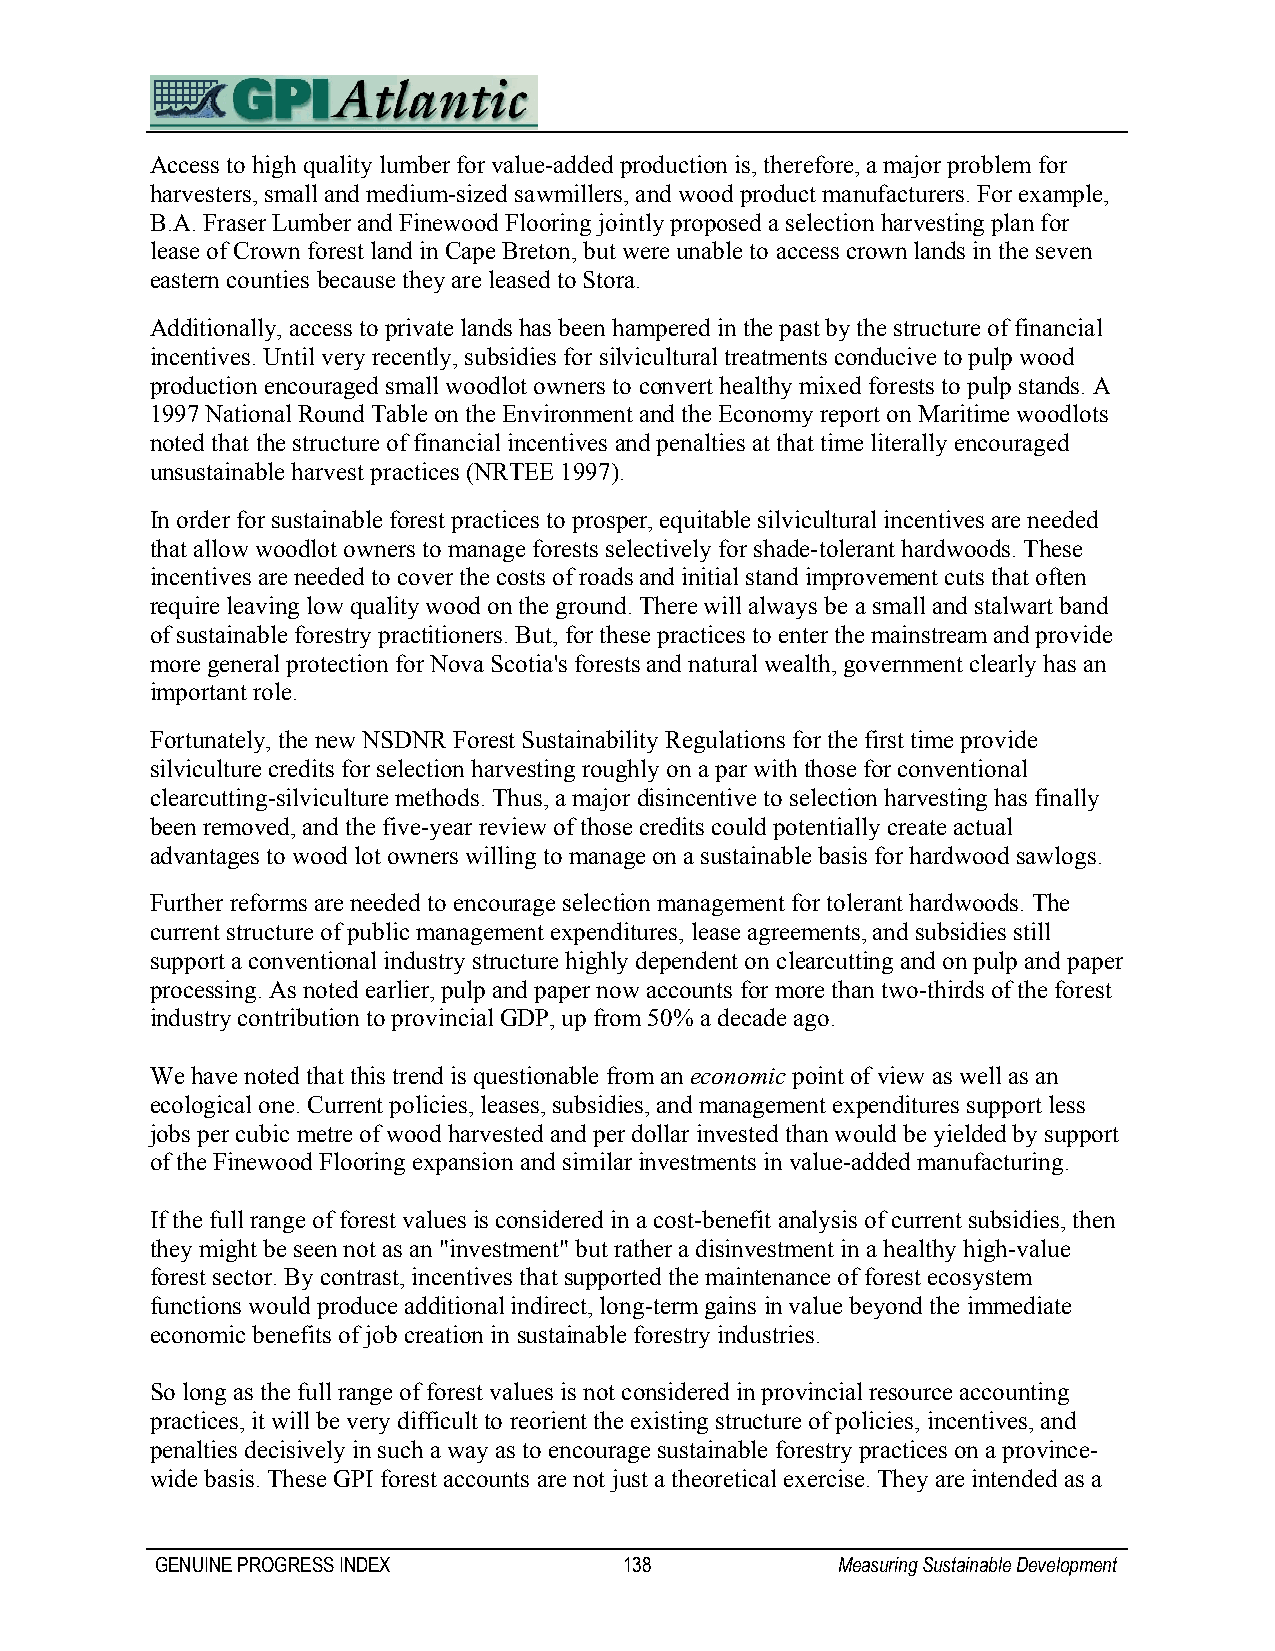
Access to high quality lumber for value-added production is, therefore, a major problem for
 harvesters, small and medium-sized sawmillers, and wood product manufacturers. For example,
 B.A. Fraser Lumber and Finewood Flooring jointly proposed a selection harvesting plan for
 lease of Crown forest land in Cape Breton, but were unable to access crown lands in the seven
 eastern counties because they are leased to Stora.
 Additionally, access to private lands has been hampered in the past by the structure of financial
 incentives. Until very recently, subsidies for silvicultural treatments conducive to pulp wood
 production encouraged small woodlot owners to convert healthy mixed forests to pulp stands. A
 1997 National Round Table on the Environment and the Economy report on Maritime woodlots
 noted that the structure of financial incentives and penalties at that time literally encouraged
 unsustainable harvest practices (NRTEE 1997).
 In order for sustainable forest practices to prosper, equitable silvicultural incentives are needed
 that allow woodlot owners to manage forests selectively for shade-tolerant hardwoods. These
 incentives are needed to cover the costs of roads and initial stand improvement cuts that often
 require leaving low quality wood on the ground. There will always be a small and stalwart band
 of sustainable forestry practitioners. But, for these practices to enter the mainstream and provide
 more general protection for Nova Scotia's forests and natural wealth, government clearly has an
 important role.
 Fortunately, the new NSDNR Forest Sustainability Regulations for the first time provide
 silviculture credits for selection harvesting roughly on a par with those for conventional
 clearcutting-silviculture methods. Thus, a major disincentive to selection harvesting has finally
 been removed, and the five-year review of those credits could potentially create actual
 advantages to wood lot owners willing to manage on a sustainable basis for hardwood sawlogs.
 Further reforms are needed to encourage selection management for tolerant hardwoods. The
 current structure of public management expenditures, lease agreements, and subsidies still
 support a conventional industry structure highly dependent on clearcutting and on pulp and paper
 processing. As noted earlier, pulp and paper now accounts for more than two-thirds of the forest
 industry contribution to provincial GDP, up from 50% a decade ago.
 We have noted that this trend is questionable from an economic point of view as well as an
 ecological one. Current policies, leases, subsidies, and management expenditures support less
 jobs per cubic metre of wood harvested and per dollar invested than would be yielded by support
 of the Finewood Flooring expansion and similar investments in value-added manufacturing.
 If the full range of forest values is considered in a cost-benefit analysis of current subsidies, then
 they might be seen not as an "investment" but rather a disinvestment in a healthy high-value
 forest sector. By contrast, incentives that supported the maintenance of forest ecosystem
 functions would produce additional indirect, long-term gains in value beyond the immediate
 economic benefits of job creation in sustainable forestry industries.
 So long as the full range of forest values is not considered in provincial resource accounting
 practices, it will be very difficult to reorient the existing structure of policies, incentives, and
 penalties decisively in such a way as to encourage sustainable forestry practices on a province-
 wide basis. These GPI forest accounts are not just a theoretical exercise. They are intended as a
 GENUINE PROGRESS INDEX         138           Measuring Sustainable Development